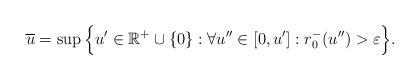
LaTeX: \begin{align*} \overline{u}=\sup \Big\{u'\in\mathbb{R}^+\cup\{0\}: \forall u''\in[0,u'] : r^-_0(u'')>\varepsilon\Big\}.\end{align*}